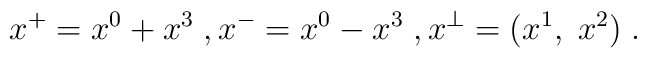
x^+=x^0+x^3\; , x^-=x^0-x^3\; , x^\perp=(x^1, \; x^2)\; .